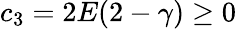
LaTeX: c_{3}=2E(2-\gamma)\geq 0